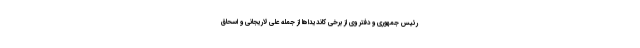
رئیس جمهوری و دفتر وی از برخی کاندیداها از جمله علی لاریجانی و اسحاق